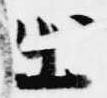
出